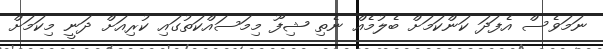
ނަމަވެސް އެފަދަ ކަންކަމަށް ބެލުމެއް ނެތި ޝިފޫ މިމަސައްކަތުގައި ކުރިއަށް ދަނީ މިކަމަށް